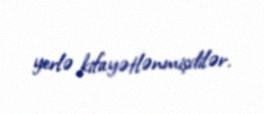
yerlə kifayətlənmişdilər.